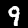
Label: 9